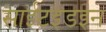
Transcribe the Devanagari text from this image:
साईटइडइन